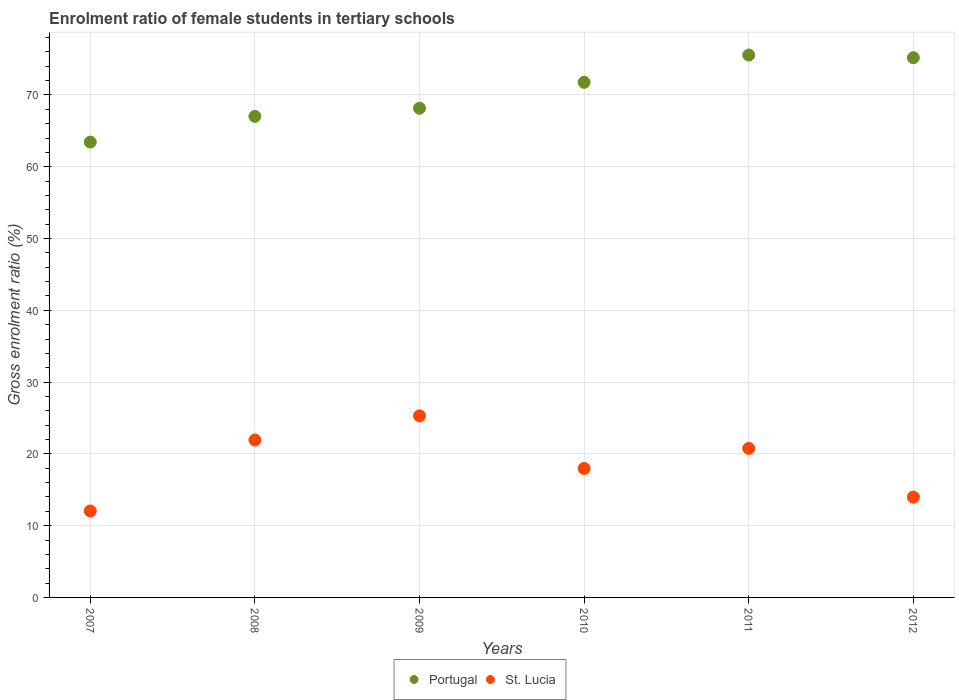
| Years | Portugal | St. Lucia |
 | --- | --- | --- |
 | 2007 | 63.4 | 12 |
 | 2008 | 67 | 21.9 |
 | 2009 | 68.2 | 25.3 |
 | 2010 | 71.8 | 18 |
 | 2011 | 75.6 | 20.8 |
 | 2012 | 75.2 | 14 |